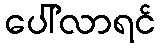
ပေါ်လာရင်